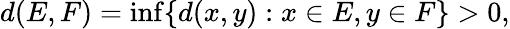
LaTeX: d(E,F)=\operatorname*{inf}\{ d(x,y):x\in E,y\in F\} >0,